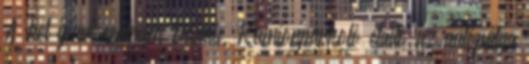
A két ipari centrum Dunaú. Kamionparkoló eladó az autópálya